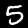
Digit: 5